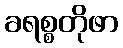
ခရစ္စတိုဖာ